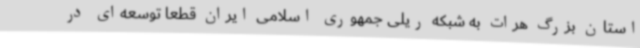
استان بزرگ هرات به شبکه ریلی جمهوری اسلامی ایران قطعا توسعه‌ای در